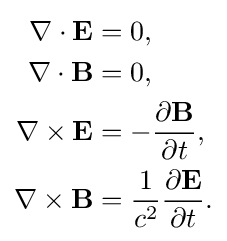
{\begin{aligned}\nabla \cdot \mathbf {E} &=0,\\\nabla \cdot \mathbf {B} &=0,\\\nabla \times \mathbf {E} &=-{\frac {\partial \mathbf {B} }{\partial t}},\\\nabla \times \mathbf {B} &={\frac {1}{c^{2}}}{\frac {\partial \mathbf {E} }{\partial t}}.\end{aligned}}